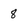
Character: 8